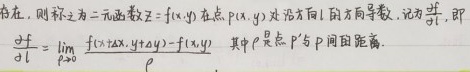
若存在，则称之为二元函数$z = f(x,y)$在点$P(x,y)$处沿方向$l$的方向导数，记为$\frac{\partial f}{\partial l}$，即
\[
\frac{\partial f}{\partial l} = \lim_{\rho \to 0} \frac{f(x + \Delta x,y + \Delta y) - f(x,y)}{\rho}
\]
其中$\rho$是点$P'$与$P$间的距离。